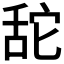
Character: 𦧑